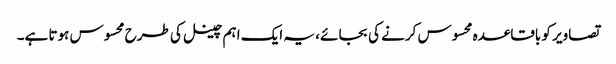
تصاویر کو باقاعدہ محسوس کرنے کی بجائے ، یہ ایک اہم چینل کی طرح محسوس ہوتا ہے۔